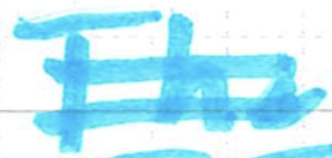
Text: The
Cross-out: double-line
Writing tool: marker